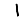
Digit: 1